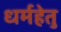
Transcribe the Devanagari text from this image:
धर्महेतु